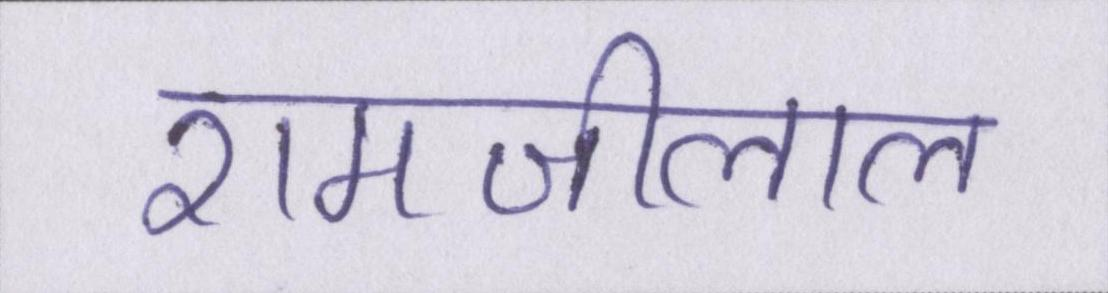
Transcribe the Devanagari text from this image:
रामजीलाल